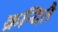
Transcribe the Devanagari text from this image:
क्रन्दितै